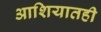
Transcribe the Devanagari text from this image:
आशियातही